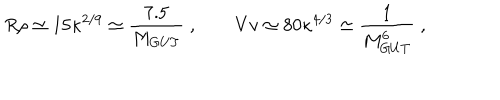
R \rho \simeq 1 5 \kappa ^ { 2 / 9 } \simeq \frac { 7 . 5 } { M _ { G U T } } \; , \qquad V v \simeq 8 0 \kappa ^ { 4 / 3 } \simeq \frac { 1 } { M _ { G U T } ^ { 6 } } \; ,